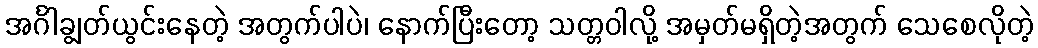
အင်္ဂါချွတ်ယွင်းနေတဲ့ အတွက်ပါပဲ၊ နောက်ပြီးတော့ သတ္တဝါလို့ အမှတ်မရှိတဲ့အတွက် သေစေလိုတဲ့